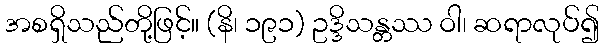
အစရှိသည်တို့ဖြင့်။ (နိ၊ ၁၉၁) ဥဒ္ဒိသန္တဿ ဝါ၊ ဆရာလုပ်၍